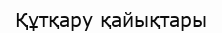
Құтқару қайықтары